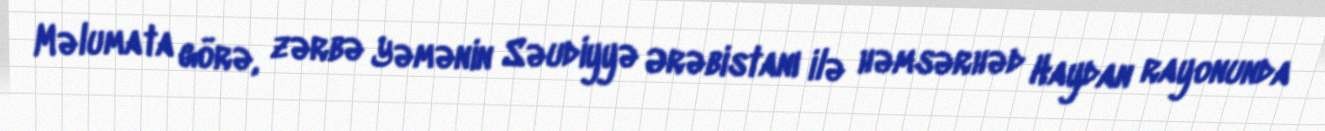
Məlumata görə, zərbə Yəmənin Səudiyyə Ərəbistanı ilə həmsərhəd Haydan rayonunda